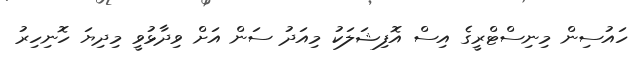
ހައުސިން މިނިސްޓްރީގެ އިސް އޮފިޝަލަކު މިއަދު ސަން އަށް ވިދާޅުވީ މިދިޔަ ހޮނިހިރު